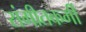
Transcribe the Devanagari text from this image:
संगीतकर्मी